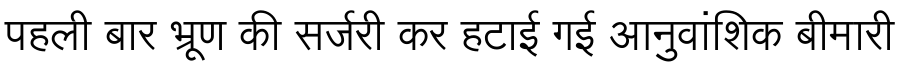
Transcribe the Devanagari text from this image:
पहली बार भ्रूण की सर्जरी कर हटाई गई आनुवांशिक बीमारी